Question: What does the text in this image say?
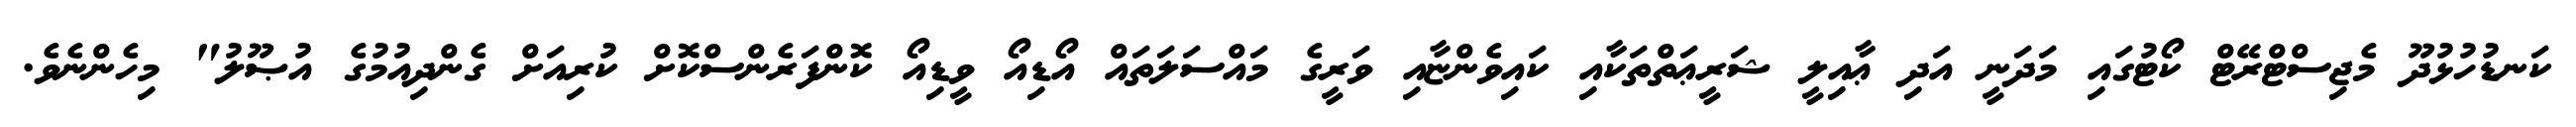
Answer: ކަނޑުހުޅުދޫ މެޖިސްޓްރޭޓް ކޯޓުގައި މަދަނީ އަދި ޢާއިލީ ޝަރީޢަތްތަކާއި ކައިވެންޏާއި ވަރީގެ މައްސަލަތައް އޯޑިއޯ ވީޑިއޯ ކޮންފަރެންސްކޮށް ކުރިއަށް ގެންދިއުމުގެ އުޞޫލު" މިހެންނެވެ.